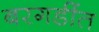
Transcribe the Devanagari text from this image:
बरगडींत